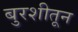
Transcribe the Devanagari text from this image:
बुरशीतून